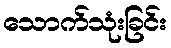
သောက်သုံးခြင်း